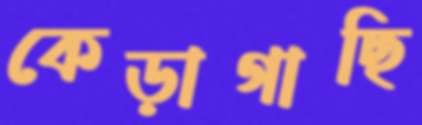
কেড়াগাছি